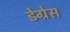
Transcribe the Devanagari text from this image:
डेग्रेस